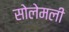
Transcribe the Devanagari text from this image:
सोलेमली